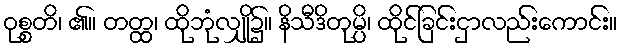
ဝုစ္စတိ၊ ၏။ တတ္ထ၊ ထိုဘုံလျှို၌။ နိသီဒိတုမ္ပိ၊ ထိုင်ခြင်းငှာလည်းကောင်း။